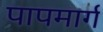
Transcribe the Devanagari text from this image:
पापमार्ग